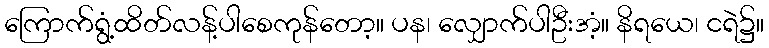
ကြောက်ရွံ့ထိတ်လန့်ပါစေကုန်တော့။ ပန၊ လျှောက်ပါဦးအံ့။ နိရယေ၊ ငရဲ၌။